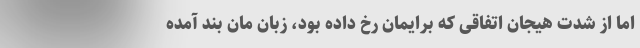
اما از شدت هیجان اتفاقی که برایمان رخ داده بود، زبان مان بند آمده